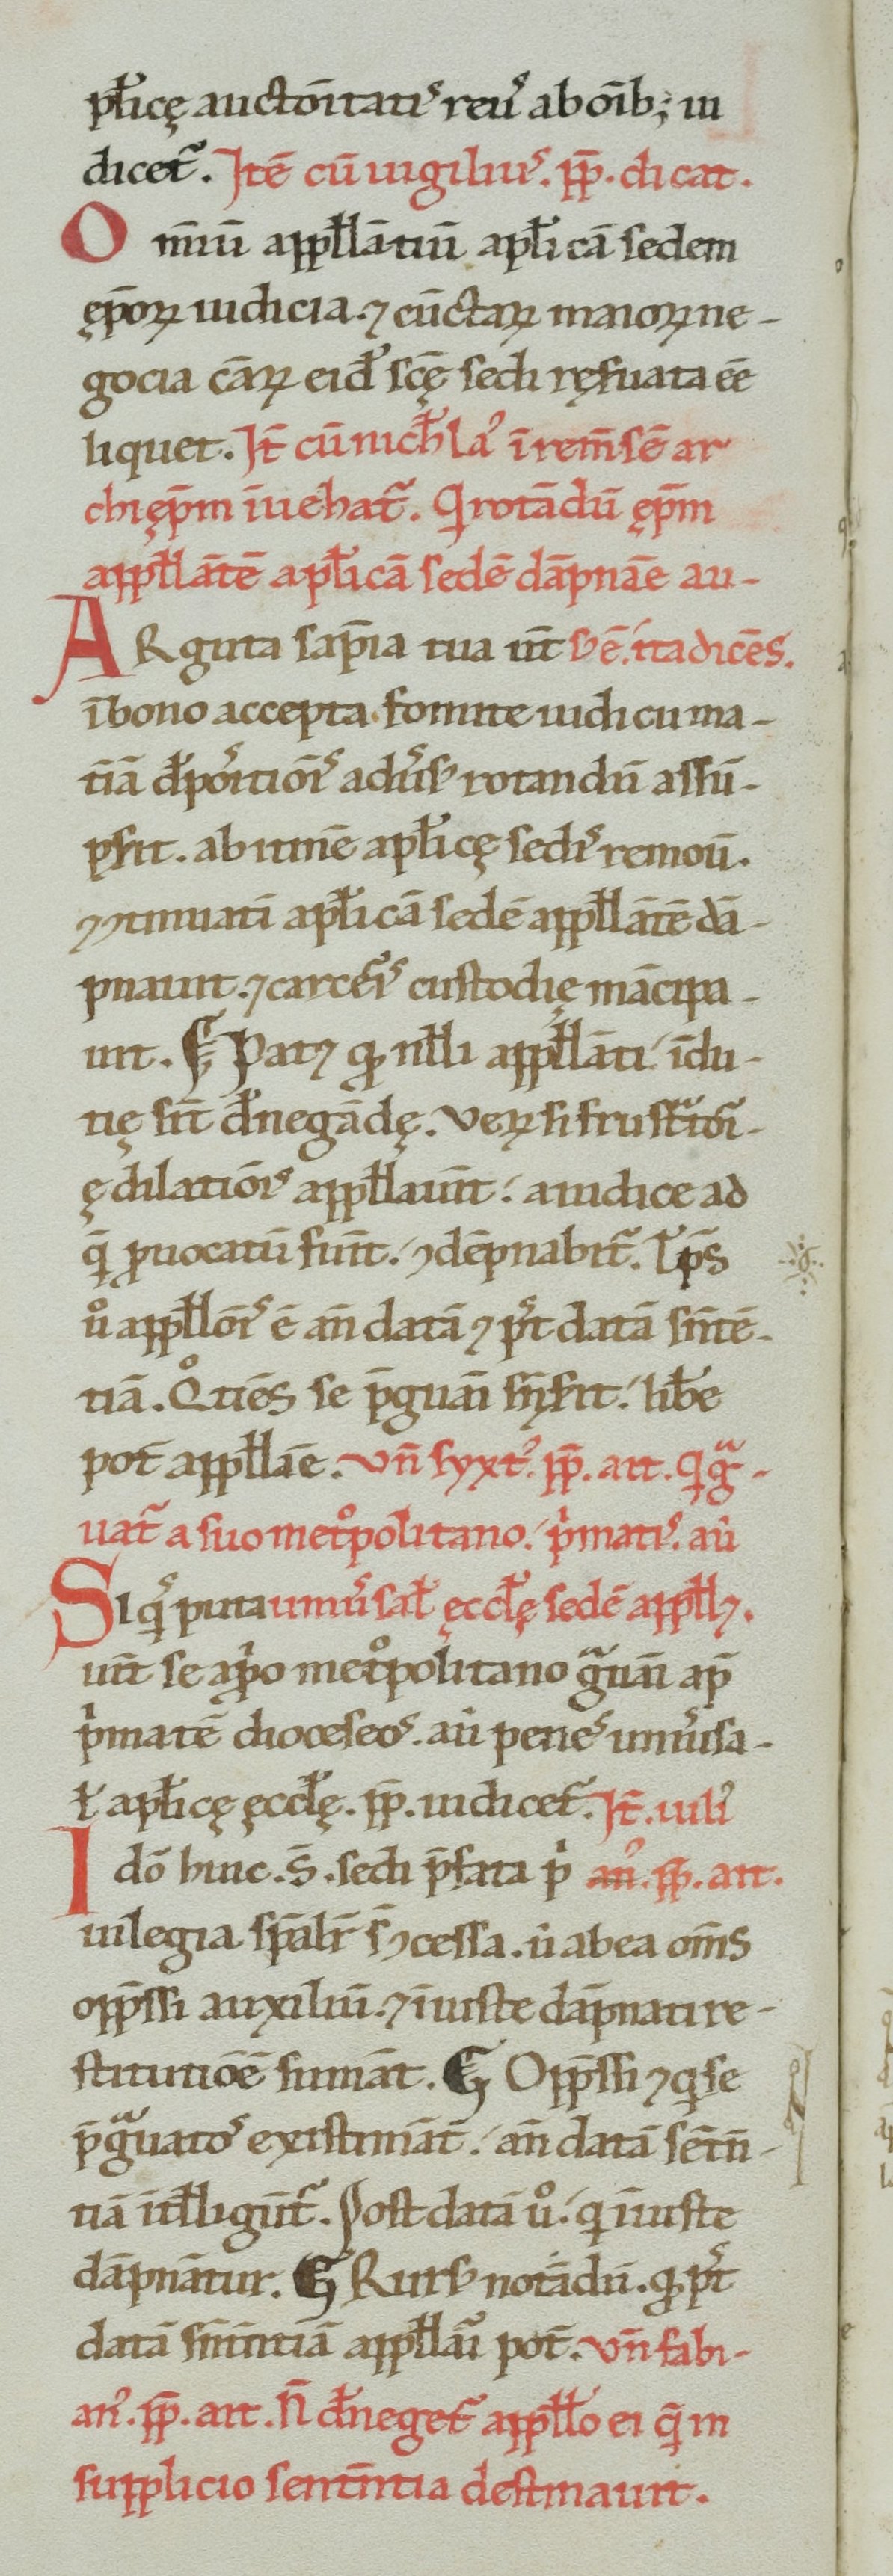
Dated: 1100–1199